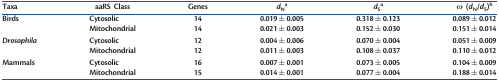
<table><thead><tr><td><b>Taxa</b></td><td><b>aaRS Class</b></td><td><b>Genes</b></td><td><b><i>d</i><sub>N</sub><sup>a</sup></b></td><td><b><i>d</i><sub>S</sub><sup>a</sup></b></td><td><b><i>ω</i> (<i>d</i><sub>N</sub>/<i>d</i><sub>S</sub>)<sup>b</sup></b></td></tr></thead><tbody><tr><td rowspan="2">Birds</td><td>Cytosolic</td><td>14</td><td>0.019 ± 0.005</td><td>0.318 ± 0.123</td><td>0.089 ± 0.012</td></tr><tr><td>Mitochondrial</td><td>14</td><td>0.021 ± 0.003</td><td>0.152 ± 0.030</td><td>0.151 ± 0.014</td></tr><tr><td rowspan="2"><i>Drosophila</i></td><td>Cytosolic</td><td>12</td><td>0.004 ± 0.006</td><td>0.070 ± 0.004</td><td>0.051 ± 0.009</td></tr><tr><td>Mitochondrial</td><td>12</td><td>0.011 ± 0.003</td><td>0.108 ± 0.037</td><td>0.110 ± 0.012</td></tr><tr><td rowspan="2">Mammals</td><td>Cytosolic</td><td>16</td><td>0.007 ± 0.001</td><td>0.073 ± 0.005</td><td>0.104 ± 0.009</td></tr><tr><td>Mitochondrial</td><td>15</td><td>0.014 ± 0.001</td><td>0.077 ± 0.004</td><td>0.188 ± 0.014</td></tr></tbody></table>